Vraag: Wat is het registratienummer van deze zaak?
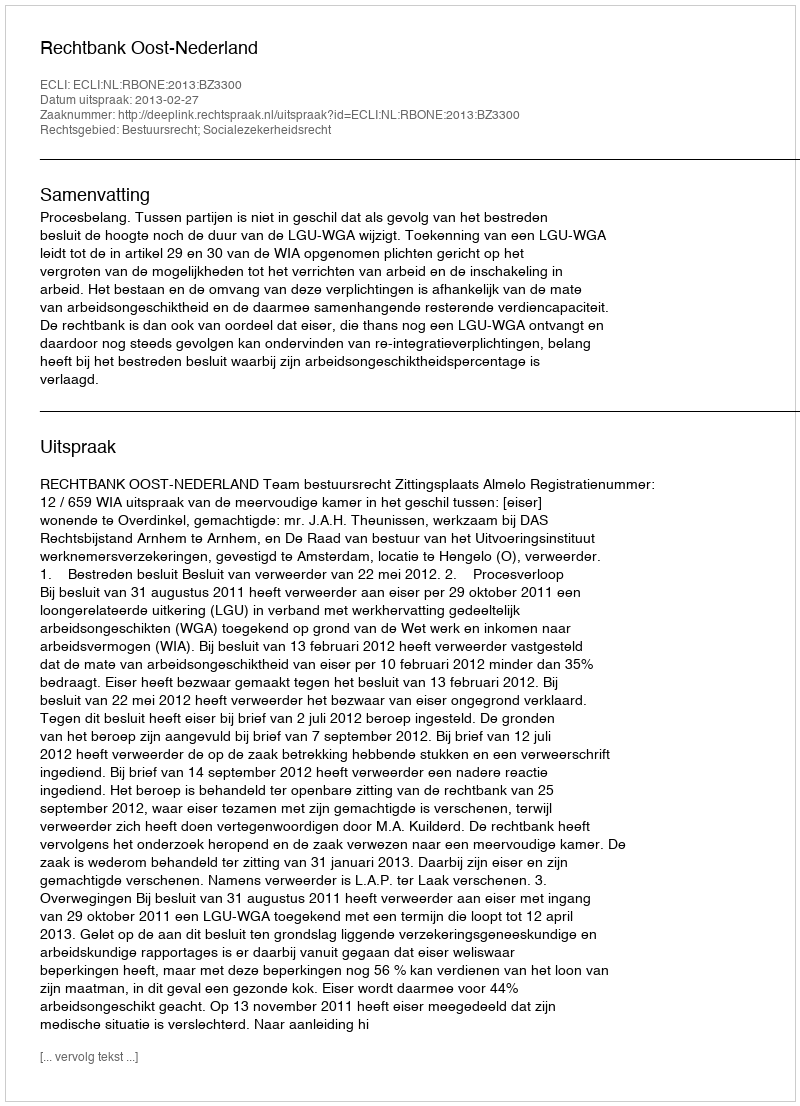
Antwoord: http://deeplink.rechtspraak.nl/uitspraak?id=ECLI:NL:RBONE:2013:BZ3300